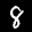
Label: 8